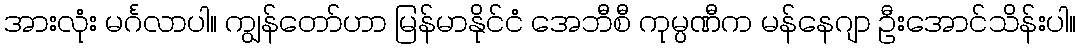
အားလုံး မင်္ဂလာပါ။ ကျွန်တော်ဟာ မြန်မာနိုင်ငံ အေဘီစီ ကုမ္ပဏီက မန်နေဂျာ ဦးအောင်သိန်းပါ။